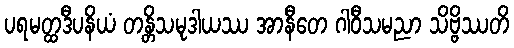
ပရမတ္ထဒီပနိယံ တန္တိသမုဒါယဿ အာနီတေ ဂါဝီသမညာ သိဗ္ဗိဿတိ